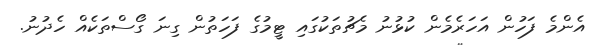
އެންމެ ފަހުން އަހަރެމެން ކުޅުނު މެޗުތަކުގައި ޓީމުގެ ފަހަތުން ގިނަ ގޯސްތަކެއް ހެދުނު.